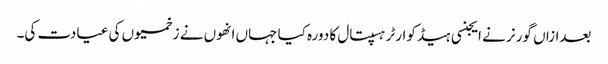
بعدازاں گورنر نے ایجنسی ہیڈ کوارٹر ہسپتال کا دورہ کیا جہاں انھوں نے زخمیوں کی عیادت کی۔